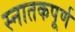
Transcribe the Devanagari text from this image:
स्नातकपूर्ण